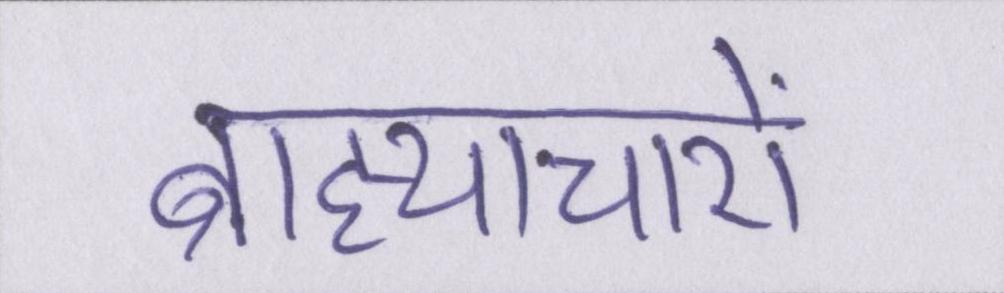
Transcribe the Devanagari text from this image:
ब्राह्याचारों